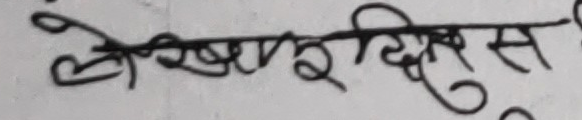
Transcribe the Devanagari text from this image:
लेखापरीक्षक दिवस